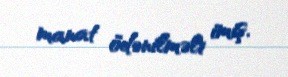
manat ödənilməli imiş.